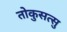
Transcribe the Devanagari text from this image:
तोकुसत्सु